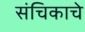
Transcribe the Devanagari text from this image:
संचिकाचे